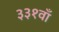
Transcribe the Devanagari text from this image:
३३१वाँ